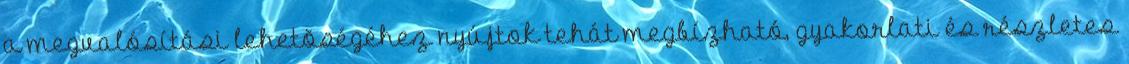
a megvalósítási lehetõségéhez nyújtok tehát megbízható, gyakorlati és részletes